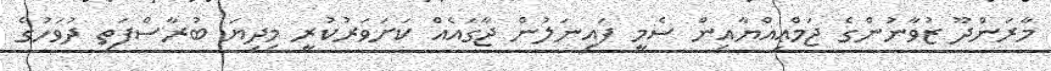
މާރަންދޫ ޒުވާނުންގެ ޖަމްޢިއްޔާއިން ސެމީ ފައިނަލުން ޖާގައެއް ކަށަވަރުކުރީ މިދިޔަ ބުރާސްފަތި ދުވަހުގެ